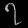
Digit: ၇